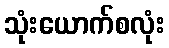
သုံးယောက်စလုံး